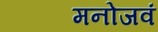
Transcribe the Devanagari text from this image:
मनोजवं